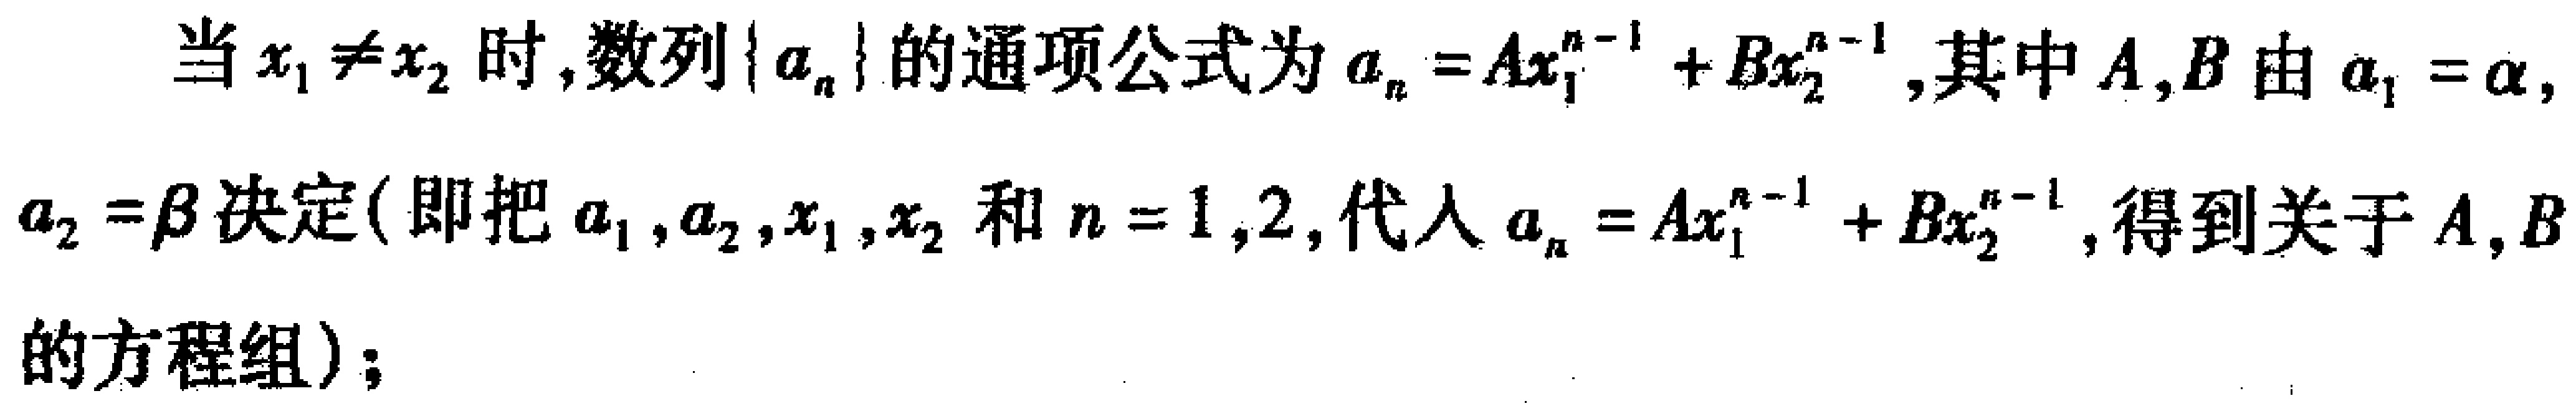
当\(x_1 \neq x_2\)时,数列\(\{ a_{n}\}\)的通项公式为\(a_{n}=Ax_1^{n - 1}+Bx_2^{n - 1}\),其中\(A,B\)由\(a_1 = \alpha\), \(a_2 = \beta\)决定(即把\(a_1,a_2,x_1,x_2\)和\(n = 1,2\),代入\(a_{n}=Ax_1^{n - 1}+Bx_2^{n - 1}\),得到关于\(A,B\)的方程组)；